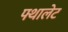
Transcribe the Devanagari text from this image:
फ्थालेट